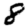
Digit: 8